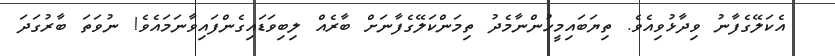
އެކަލޭގެފާނު ވިދާޅުވިއެވެ. ތިޔަބައިމީހުންނާމެދު ތިމަންކަލޭގެފާނަށް ބާރެއް ލިބިވަޑައިގެންފައިވާނަމައެވެ! ނުވަތަ ބާރުގަދަ